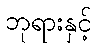
ဘုရားနှင့်